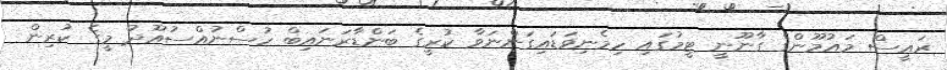
ރައީސް މައުމޫންގެ ގާނޫނީ ޓީމުގައި ހިމެނިވަޑައިގަންނަވާ ކުރީގެ ބަންޑާރަނައިބް ހުސްނުއްސުއޫދު މީގެ ކުރިން